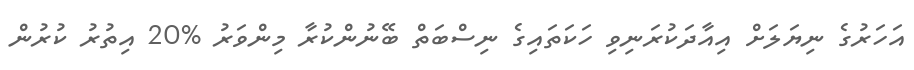
އަހަރުގެ ނިޔަލަށް އިއާދަކުރަނިވި ހަކަތައިގެ ނިސްބަތް ބޭނުންކުރާ މިންވަރު %20 އިތުރު ކުރުން